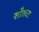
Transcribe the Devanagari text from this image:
साँतवा